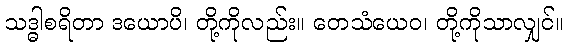
သဒ္ဓါစရိတာ ဒယောပိ၊ တို့ကိုလည်း။ တေသံယေဝ၊ တို့ကိုသာလျှင်။